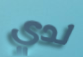
لدي